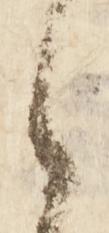
候